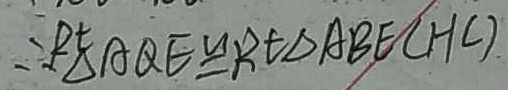
\therefore R t \Delta A Q E \cong R t \Delta A B E ( H C )